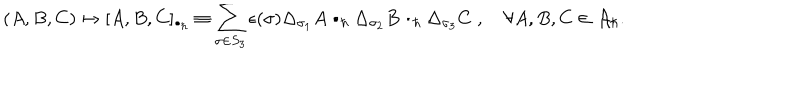
LaTeX: ( A , B , C ) \mapsto [ A , B , C ] _ { \bullet _ { \hbar } } \equiv \sum _ { \sigma \in S _ { 3 } } \epsilon ( \sigma ) \Delta _ { \sigma _ { 1 } } A \bullet _ { \hbar } \Delta _ { \sigma _ { 2 } } B \bullet _ { \hbar } \Delta _ { \sigma _ { 3 } } C \; , \quad \forall A , B , C \in { \cal A } _ { \hbar } .